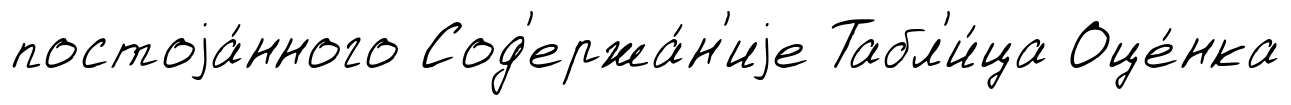
постоjа́нного Сод'ержа́н'иjе Табл'и́ца Оце́нка